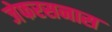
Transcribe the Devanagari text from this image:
जेफरसनास